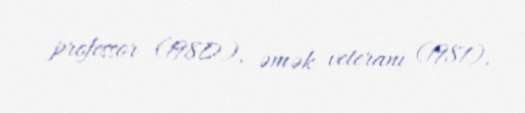
professor (1980), əmək veteranı (1981).